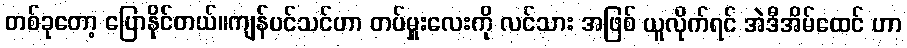
တစ်ခုတော့ ပြောနိုင်တယ်။ကျန်ပင်သင်ဟာ တပ်မှူးလေးကို လင်သား အဖြစ် ယူလိုက်ရင် အဲဒီအိမ်ထေင် ဟာ